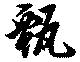
甄